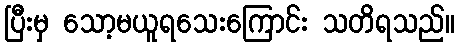
ပြီးမှ သော့မယူရသေးကြောင်း သတိရသည်။